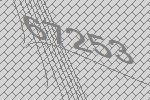
67253